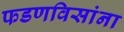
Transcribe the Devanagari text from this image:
फडणविसांना